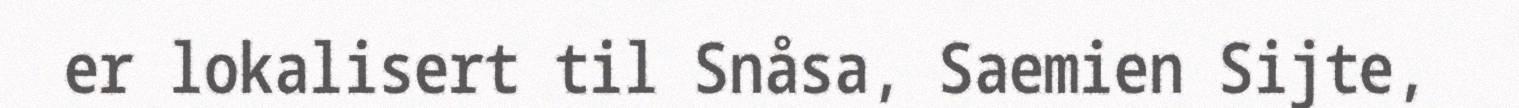
er lokalisert til Snåsa, Saemien Sijte,